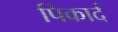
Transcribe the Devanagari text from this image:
पिकार्द